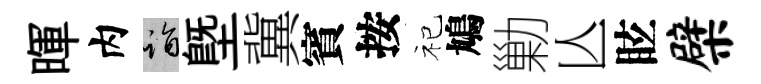
暉内诣塈冀賓按祀鳩勦亾眩檗